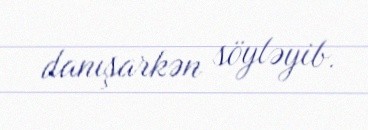
danışarkən söyləyib.